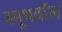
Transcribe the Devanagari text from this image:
स्मूथवॉल